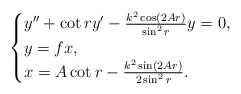
\begin{align*}\begin{cases}y''+\cot ry'-\frac{k^2\cos(2Ar)}{\sin^2r}y=0,\\y=fx,\\x=A\cot r-\frac{k^2\sin(2Ar)}{2\sin^2r}.\end{cases}\end{align*}